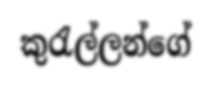
කුරැල්ලන්ගේ